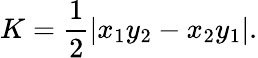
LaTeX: K={\frac{1}{2}}|x_{1}y_{2}-x_{2}y_{1}|.